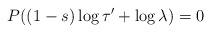
\begin{align*}P ( (1-s) \log \tau ' + \log \lambda ) = 0 \end{align*}